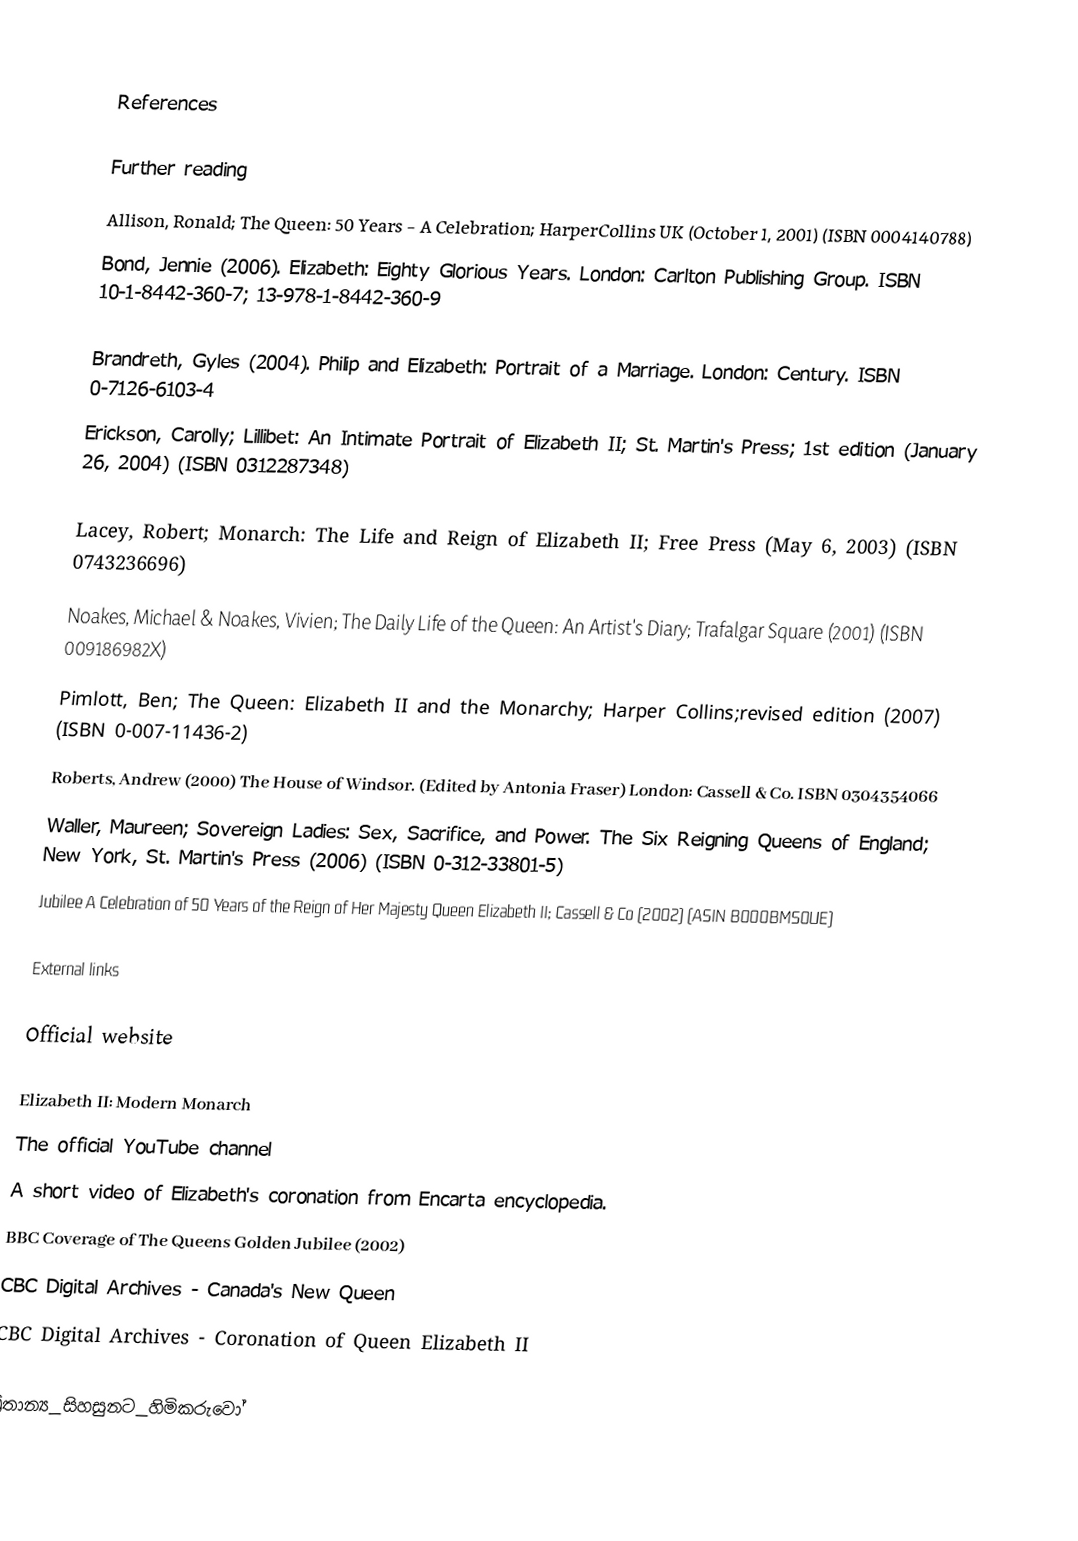

References

Further reading
 Allison, Ronald; The Queen: 50 Years - A Celebration; HarperCollins UK (October 1, 2001) (ISBN 0004140788)
 Bond, Jennie (2006). Elizabeth: Eighty Glorious Years. London: Carlton Publishing Group. ISBN 10-1-8442-360-7; 13-978-1-8442-360-9

 Brandreth, Gyles (2004). Philip and Elizabeth: Portrait of a Marriage. London: Century. ISBN 0-7126-6103-4
 Erickson, Carolly; Lillibet: An Intimate Portrait of Elizabeth II; St. Martin's Press; 1st edition (January 26, 2004) (ISBN 0312287348)

 Lacey, Robert; Monarch: The Life and Reign of Elizabeth II; Free Press (May 6, 2003) (ISBN 0743236696)
 Noakes, Michael & Noakes, Vivien; The Daily Life of the Queen: An Artist's Diary; Trafalgar Square (2001) (ISBN 009186982X)
 Pimlott, Ben; The Queen: Elizabeth II and the Monarchy; Harper Collins;revised edition (2007) (ISBN 0-007-11436-2)
 Roberts, Andrew (2000) The House of Windsor. (Edited by Antonia Fraser) London: Cassell & Co. ISBN 0304354066
 Waller, Maureen; Sovereign Ladies: Sex, Sacrifice, and Power. The Six Reigning Queens of England; New York, St. Martin's Press (2006) (ISBN 0-312-33801-5)
 Jubilee A Celebration of 50 Years of the Reign of Her Majesty Queen Elizabeth II; Cassell & Co (2002) (ASIN B000BMS0UE)

External links

 Official website

 Elizabeth II: Modern Monarch
 The official YouTube channel
 A short video of Elizabeth's coronation from Encarta encyclopedia.
 BBC Coverage of The Queens Golden Jubilee (2002)
 CBC Digital Archives - Canada's New Queen
 CBC Digital Archives - Coronation of Queen Elizabeth II

බ්‍රිතාන්‍ය_සිහසුනට_හිමිකරුවෝ